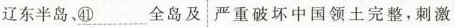
辽东半岛、\underline{㊶}全岛及 严重破坏中国领土完整，刺激